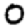
Digit: 0